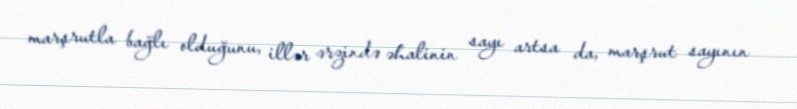
marşrutla bağlı olduğunu, illər ərzində əhalinin sayı artsa da, marşrut sayının